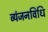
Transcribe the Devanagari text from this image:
व्यंजनविधि